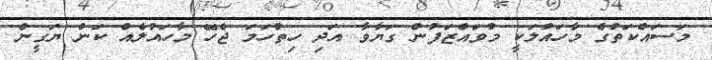
މަސައްކަތުގެ މާހައުލަކީ މުވައްޒަފުން ގަޔާވާ އަދި ހިތްހަމަ ޖެހޭ މާހައުލެއް ކަން ޔަގީން